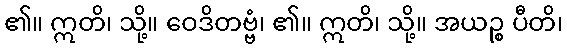
၏။ ဣတိ၊ သို့။ ဝေဒိတဗ္ဗံ၊ ၏။ ဣတိ၊ သို့။ အယဉ္စ ပီတိ၊